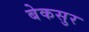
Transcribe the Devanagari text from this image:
बेकसुर